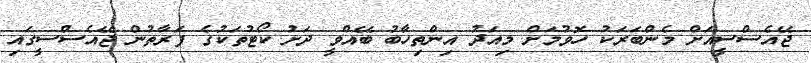
ޖޭއެސްސީއަށް މެންބަރަކު ހޮވުމަށް މިއަދު އިންތިހާބު ބޭއްވީ ދަށު ކޯޓުތަކުގެ ފަރާތުން ޖޭއެސްސީގައި